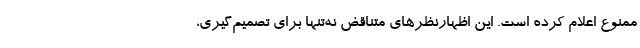
ممنوع اعلام کرده است. این اظهارنظرهای متناقض نه‌تنها برای تصمیم‌گیری،